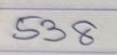
538